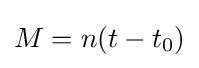
M=n(t-t_{0})